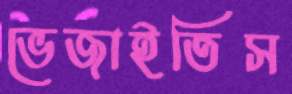
ভেজাইতিস